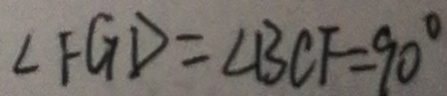
\angle F G D = \angle B C F = 9 0 ^ { \circ }